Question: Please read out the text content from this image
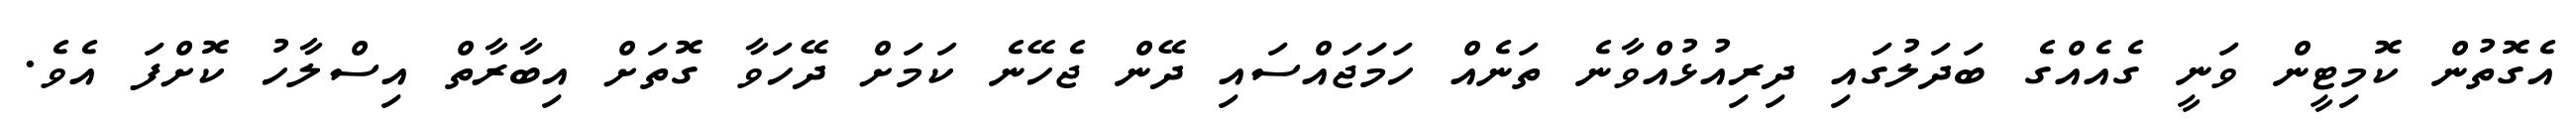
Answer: އެގޮތުން ކޮމިޓީން ވަނީ ގެއެއްގެ ބަދަލުގައި ދިރިއުޅުއްވާނެ ތަނެއް ހަމަަޖައްސައި ދޭން ޖެހޭނެ ކަމަށް ދޭހަވާ ގޮތަށް އިބާރާތް އިސްލާހު ކޮށްފަ އެވެ.